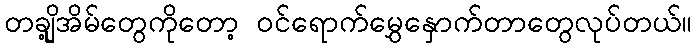
တချို့အိမ်တွေကိုတော့ ဝင်ရောက်မွှေနှောက်တာတွေလုပ်တယ်။